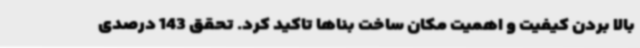
بالا بردن کیفیت و اهمیت مکان ساخت بناها تاکید کرد. تحقق 143 درصدی